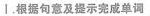
I.根据句意及提示完成单词